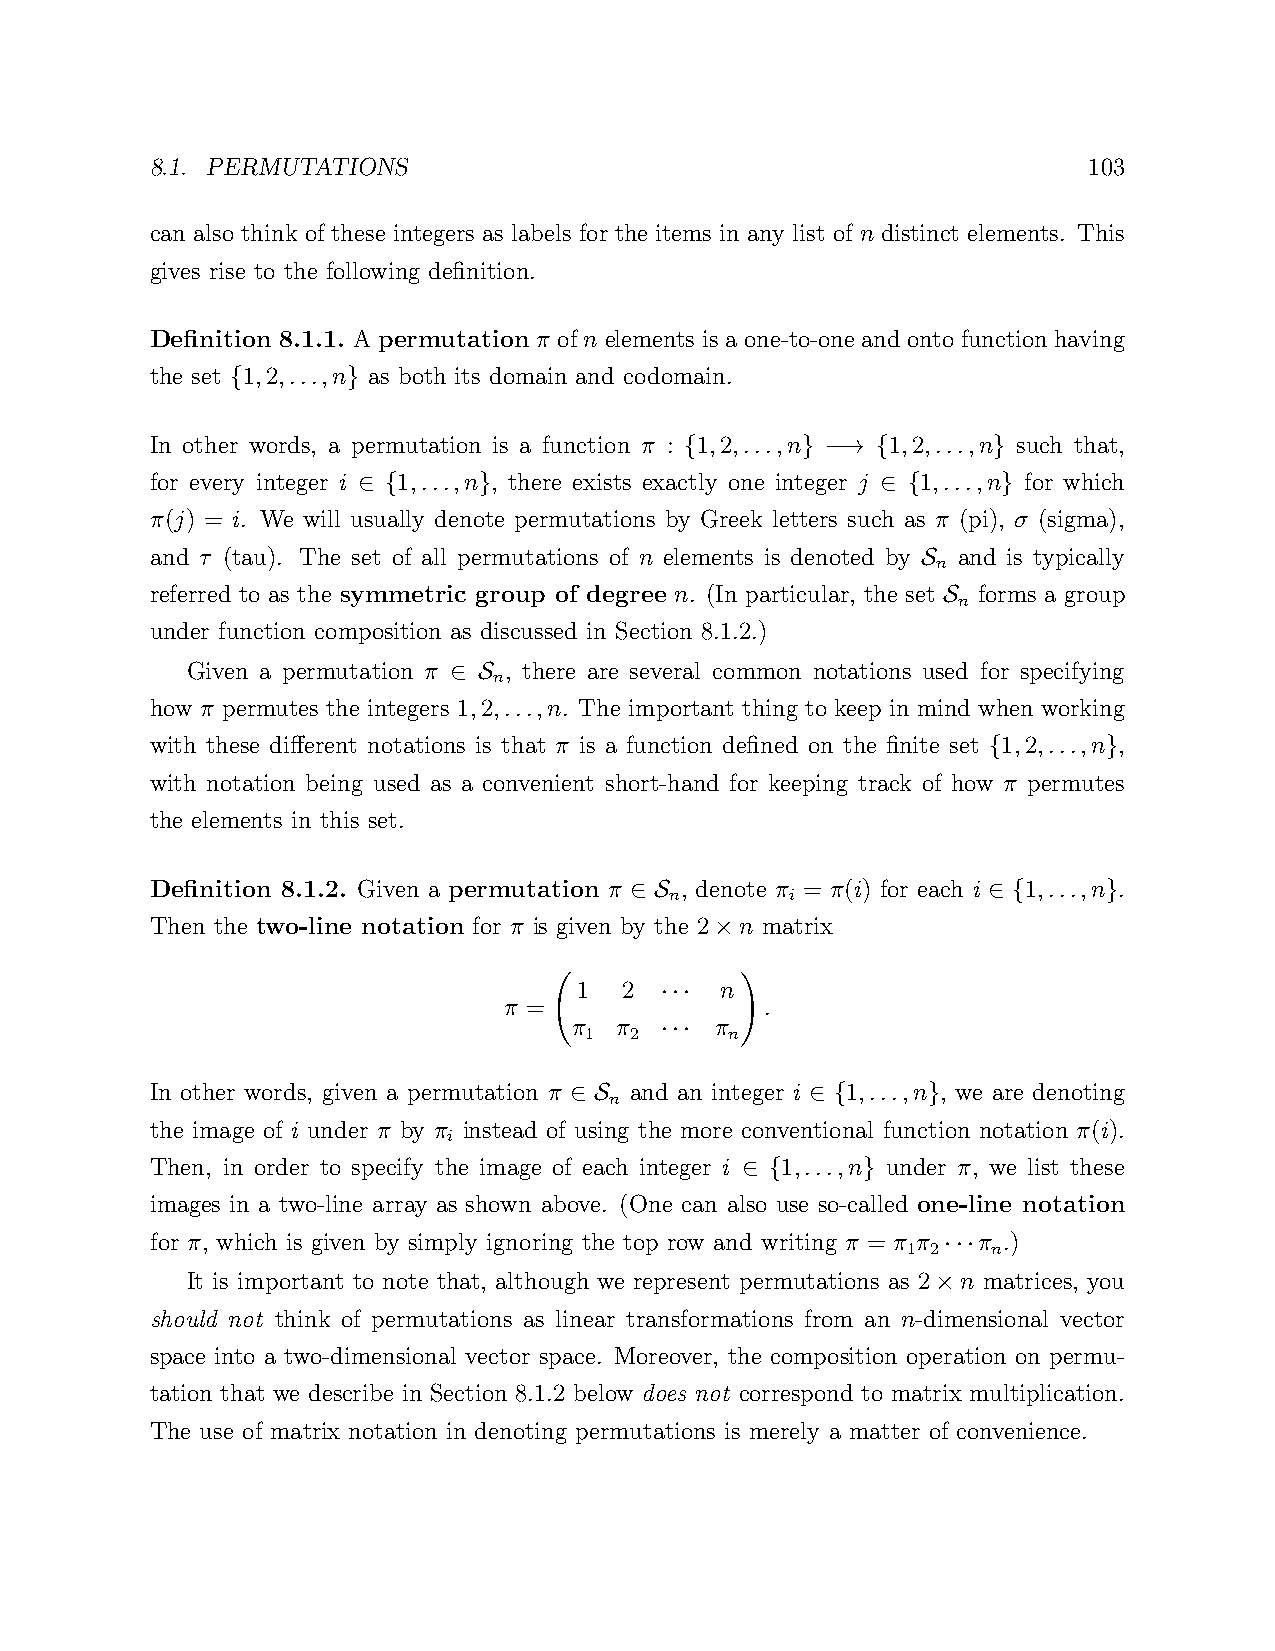
8.1. PERMUTATIONS                                             103
 can also think of these integers as labels for the items in any list of n distinct elements. This
 gives rise to the following definition.
 Definition 8.1.1. A permutation π of n elements is a one-to-one and onto function having
 the set 1,2,...,n as both its domain and codomain.
 {       }
 In other words, a permutation is a function π : 1,2,...,n 1,2,...,n such that,
 {       } −→ {       }
 for every integer i 1,...,n , there exists exactly one integer j 1,...,n for which
 ∈ {     }                         ∈ {     }
 π(j) = i. We will usually denote permutations by Greek letters such as π (pi), σ (sigma),
 and τ (tau). The set of all permutations of n elements is denoted by and is typically
 n
 S
 referred to as the symmetric group of degree n. (In particular, the set forms a group
 n
 S
 under function composition as discussed in Section 8.1.2.)
 Given a permutation π , there are several common notations used for specifying
 n
 ∈ S
 how π permutes the integers 1,2,...,n. The important thing to keep in mind when working
 with these different notations is that π is a function defined on the finite set 1,2,...,n ,
 {       }
 with notation being used as a convenient short-hand for keeping track of how π permutes
 the elements in this set.
 Definition 8.1.2. Given a permutation π , denote π = π(i) for each i 1,...,n .
 n       i
 ∈ S                    ∈ {     }
 Then the two-line notation for π is given by the 2 n matrix
 ×
 1  2      n
 π =        ···    .
 π 1 π 2  π n!
 ···
 In other words, given a permutation π and an integer i 1,...,n , we are denoting
 n
 ∈ S             ∈ {    }
 the image of i under π by π instead of using the more conventional function notation π(i).
 i
 Then, in order to specify the image of each integer i 1,...,n under π, we list these
 ∈ {     }
 images in a two-line array as shown above. (One can also use so-called one-line notation
 for π, which is given by simply ignoring the top row and writing π = π π π .)
 1 2   n
 ···
 It is important to note that, although we represent permutations as 2 n matrices, you
 ×
 should not think of permutations as linear transformations from an n-dimensional vector
 space into a two-dimensional vector space. Moreover, the composition operation on permu-
 tation that we describe in Section 8.1.2 below does not correspond to matrix multiplication.
 The use of matrix notation in denoting permutations is merely a matter of convenience.